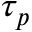
\tau _ { p }